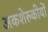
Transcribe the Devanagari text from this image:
अकशेरुकीयों